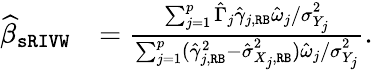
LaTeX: \begin{array}{rl}{\widehat{\beta}_{\mathtt{sRIVW}}}&{=\frac{\sum_{j=1}^{p}\hat{\Gamma}_{j}\hat{\gamma}_{j,\mathtt{RB}}\hat{\omega}_{j}/\sigma_{Y_{j}}^{2}}{\sum_{j=1}^{p}(\hat{\gamma}_{j,\mathtt{RB}}^{2}-\hat{\sigma}_{X_{j},\mathtt{RB}}^{2})\hat{\omega}_{j}/\sigma_{Y_{j}}^{2}}.}\end{array}